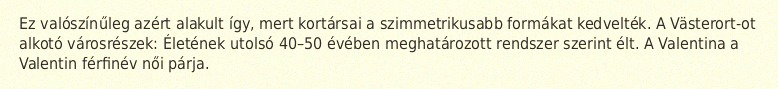
Ez valószínűleg azért alakult így, mert kortársai a szimmetrikusabb formákat kedvelték. A Västerort-ot alkotó városrészek: Életének utolsó 40–50 évében meghatározott rendszer szerint élt. A Valentina a Valentin férfinév női párja.